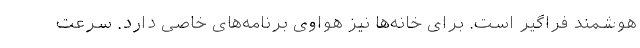
هوشمند فراگیر است. برای خانه‌ها نیز هواوی برنامه‌های خاصی دارد. سرعت